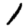
Digit: 1